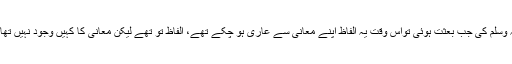
لیکن حضور اکرم صلی اللہ علیہ وسلم کی جب بعثت ہوئی تواس وقت یہ الفاظ اپنے معانی سے عاری ہو چکے تھے، الفاظ تو تھے لیکن معانی کا کہیں وجود نہیں تھا، اور لوگ اس کو ترستے تھے۔